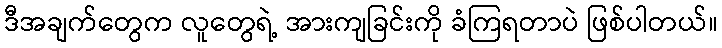
ဒီအချက်တွေက လူတွေရဲ့ အားကျခြင်းကို ခံကြရတာပဲ ဖြစ်ပါတယ်။